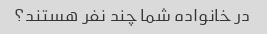
در خانواده شما چند نفر هستند؟